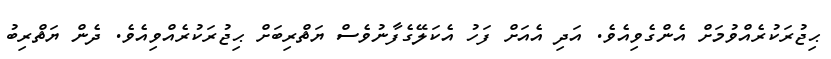
ޙިޖުރަކުރެއްވުމަށް އެންގެވިއެވެ. އަދި އެއަށް ފަހު އެކަލޭގެފާނުވެސް ޔަޘްރިބަށް ޙިޖުރަކުރެއްވިއެވެ. ދެން ޔަޘްރިބު